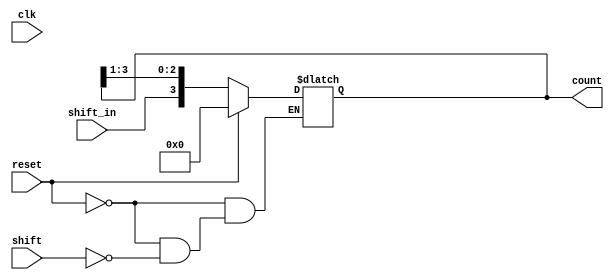
module async_shift_counter (
    input wire clk,          // Clock signal (for synchronous operation example)
    input wire reset,        // Asynchronous reset signal
    input wire shift,        // Shift control signal
    input wire shift_in,     // Input to be shifted into the LSB
    output reg [3:0] count   // 4-bit counter output
);

// Asynchronous reset and shift behavior
always @* begin
    if (reset) begin
        // Reset the counter to 0
        count = 4'b0000;
    end else if (shift) begin
        // Perform right shift operation
        count = {shift_in, count[3:1]}; // Shift right and add shift_in to LSB
    end
end

endmodule